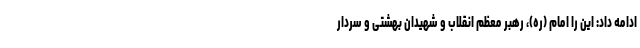
ادامه داد: این را امام (ره)، رهبر معظم انقلاب و شهیدان بهشتی و سردار